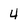
Character: 4